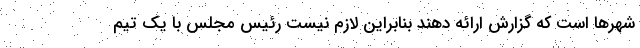
شهرها است که گزارش ارائه دهند بنابراین لازم نیست رئیس مجلس با یک تیم